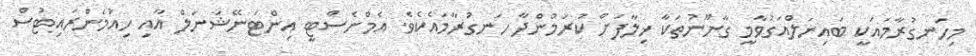
މިހަނގުރާމައަކީ ބައިނަލްއަގުވާމީ ގާނޫނުތަކާ ޚިލާފަށް ކުރަމުންދާ ހަނގުރާމައެކެވެ. އެމްނެސްޓީ އިންޓަނޭޝަނަލް އާއި ހިއުމަންރައިޓުސް